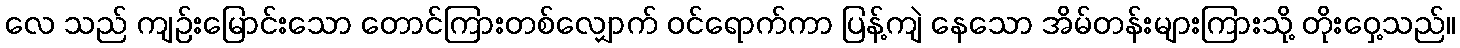
လေ သည် ကျဉ်းမြောင်းသော တောင်ကြားတစ်လျှောက် ဝင်ရောက်ကာ ပြန့်ကျဲ နေသော အိမ်တန်းများကြားသို့ တိုးဝှေ့သည်။